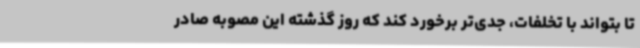
تا بتواند با تخلفات، جدی‌تر برخورد کند که روز گذشته این مصوبه صادر